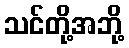
သင်တို့အဘို့